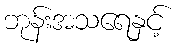
ဘုန်းအသရေနှင့်